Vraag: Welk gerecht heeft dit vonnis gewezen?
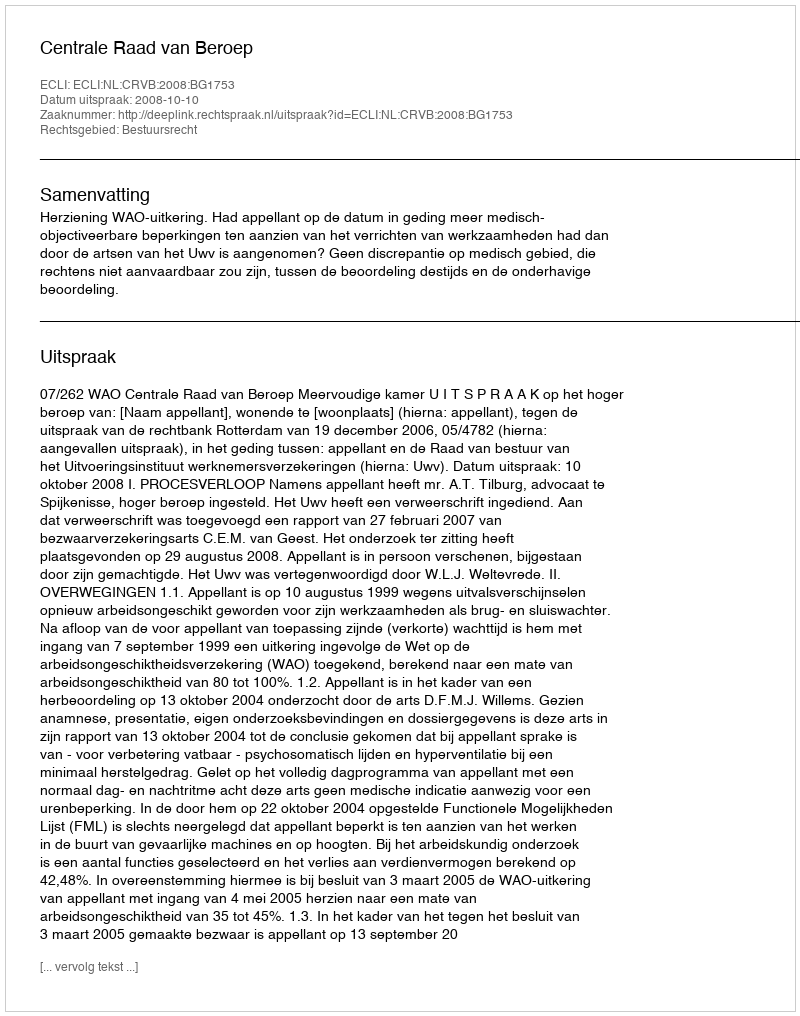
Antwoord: Centrale Raad van Beroep